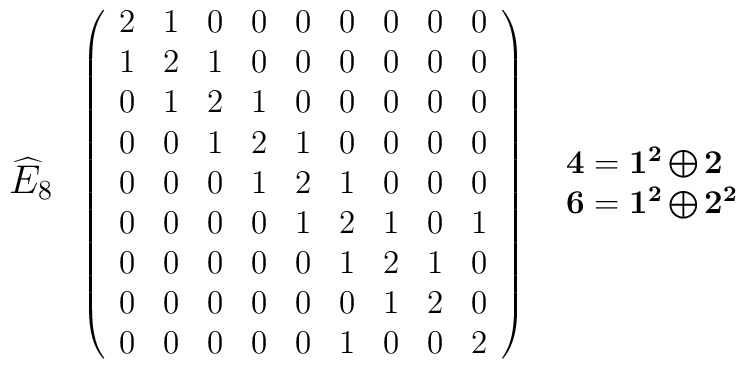
\begin{array}{ccc}{\mbox {\large $\widehat{E}_{8}$}}&\left(\begin{array}{ccccccccc}2 & 1 & 0 & 0 & 0 & 0 & 0 & 0 & 0 \\1 & 2 & 1 & 0 & 0 & 0 & 0 & 0 & 0 \\0 & 1 & 2 & 1 & 0 & 0 & 0 & 0 & 0 \\0 & 0 & 1 & 2 & 1 & 0 & 0 & 0 & 0 \\0 & 0 & 0 & 1 & 2 & 1 & 0 & 0 & 0 \\0 & 0 & 0 & 0 & 1 & 2 & 1 & 0 & 1 \\0 & 0 & 0 & 0 & 0 & 1 & 2 & 1 & 0 \\0 & 0 & 0 & 0 & 0 & 0 & 1 & 2 & 0 \\0 & 0 & 0 & 0 & 0 & 1 & 0 & 0 & 2 \\ \end{array}\right)&\begin{array}{l}{\bf 4} = {\bf 1^2} \bigoplus {\bf 2} \\{\bf 6} = {\bf 1^2} \bigoplus {\bf 2^2} \\\end{array}\end{array}